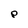
Character: p